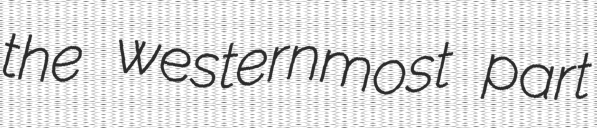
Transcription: the westernmost part